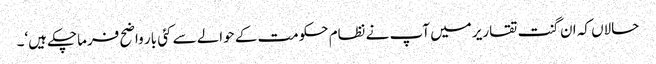
حالاں کہ ان گنت تقاریر میں آپ نے نظام حکومت کے حوالے سے کئی بار واضح فرماچکے ہیں‘۔